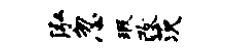
泓忽瑕改茨